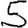
Digit: 5